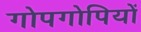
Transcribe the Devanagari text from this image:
गोपगोपियों